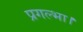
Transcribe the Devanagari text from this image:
प्रगल्भा।